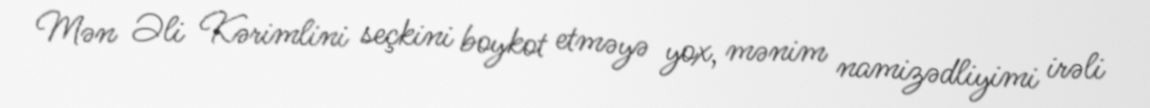
Mən Əli Kərimlini seçkini boykot etməyə yox, mənim namizədliyimi irəli